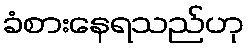
ခံစားနေရသည်ဟု